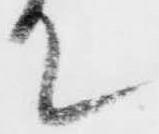
て